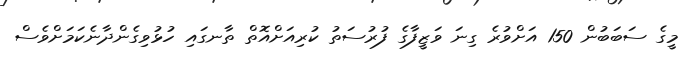
މީގެ ސަބަބުން 150 އަށްވުރެ ގިނަ ވަޒީފާގެ ފުރުސަތު ކުރިއަށްއޮތް ތާނގައި ހުޅުވިގެންދާނެކަމަށްވެސް